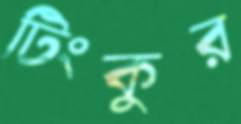
টিংকুর